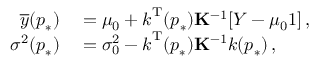
\begin{array} { r l } { \overline { { y } } ( \boldsymbol { p } _ { \ast } ) } & { { } = \mu _ { 0 } + \boldsymbol { k } ^ { \mathrm { T } } ( \boldsymbol { p } _ { \ast } ) \mathbf { K } ^ { - 1 } [ \boldsymbol { Y } - \mu _ { 0 } \boldsymbol { 1 } ] \, , } \\ { \sigma ^ { 2 } ( \boldsymbol { p } _ { \ast } ) } & { { } = \sigma _ { 0 } ^ { 2 } - \boldsymbol { k } ^ { \mathrm { T } } ( \boldsymbol { p } _ { \ast } ) \mathbf { K } ^ { - 1 } \boldsymbol { k } ( \boldsymbol { p } _ { \ast } ) \, , } \end{array}